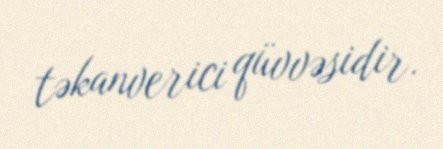
təkanverici qüvvəsidir.